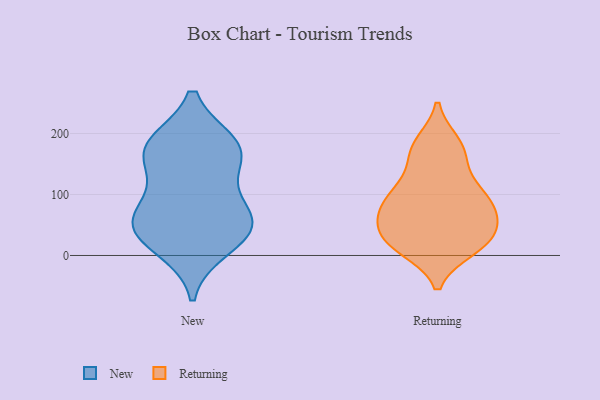
{"axis": {"x": "Conversion Rate (%)", "y": "Value"}, "legend": ["New", "Returning"], "data": [{"x": "", "y": 43, "type": "New"}, {"x": "", "y": 48, "type": "New"}, {"x": "", "y": 181, "type": "New"}, {"x": "", "y": 14, "type": "New"}, {"x": "", "y": 164, "type": "New"}, {"x": "", "y": 54, "type": "New"}, {"x": "", "y": 173, "type": "New"}, {"x": "", "y": 58, "type": "New"}, {"x": "", "y": 174, "type": "New"}, {"x": "", "y": 98, "type": "New"}, {"x": "", "y": 61, "type": "Returning"}, {"x": "", "y": 93, "type": "Returning"}, {"x": "", "y": 12, "type": "Returning"}, {"x": "", "y": 111, "type": "Returning"}, {"x": "", "y": 92, "type": "Returning"}, {"x": "", "y": 15, "type": "Returning"}, {"x": "", "y": 94, "type": "Returning"}, {"x": "", "y": 61, "type": "Returning"}, {"x": "", "y": 33, "type": "Returning"}, {"x": "", "y": 26, "type": "Returning"}, {"x": "", "y": 20, "type": "Returning"}, {"x": "", "y": 63, "type": "Returning"}, {"x": "", "y": 181, "type": "Returning"}, {"x": "", "y": 183, "type": "Returning"}, {"x": "", "y": 168, "type": "Returning"}, {"x": "", "y": 21, "type": "Returning"}, {"x": "", "y": 107, "type": "Returning"}, {"x": "", "y": 157, "type": "Returning"}, {"x": "", "y": 63, "type": "Returning"}]}